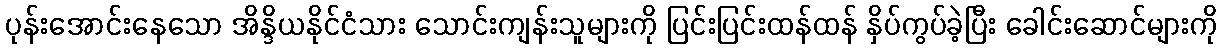
ပုန်းအောင်းနေသော အိန္ဒိယနိုင်ငံသား သောင်းကျန်းသူများကို ပြင်းပြင်းထန်ထန် နှိပ်ကွပ်ခဲ့ပြီး ခေါင်းဆောင်များကို